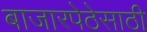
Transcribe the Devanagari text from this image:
बाजारपेठेसाठी